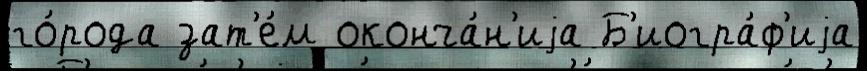
го́рода зат'е́м оконча́н'иjа Б'иогра́ф'иjа